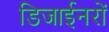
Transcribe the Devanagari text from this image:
डिजाईनरों